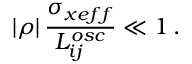
| \rho | \, \frac { \sigma _ { x e f f } } { L _ { i j } ^ { o s c } } \ll 1 \, .